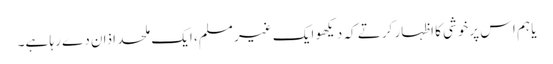
یا ہم اس پرخوشی کا اظہار کرتے کہ دیکھو ایک غیر مسلم، ایک ملحد اذان دے رہا ہے۔